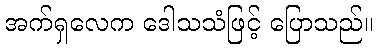
အက်ရှလေက ဒေါသသံဖြင့် ပြောသည်။